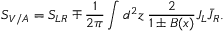
S _ { V / A } = S _ { L R } \mp \frac { 1 } { 2 \pi } \int d ^ { 2 } z \; \frac { 2 } { 1 \pm B ( x ) } J _ { L } \bar { J } _ { R } .